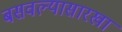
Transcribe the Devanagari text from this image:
बसवल्यासारखा